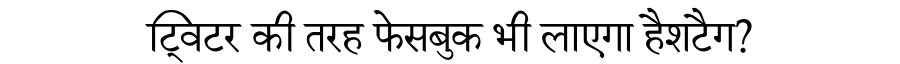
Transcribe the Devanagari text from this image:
ट्विटर की तरह फेसबुक भी लाएगा हैशटैग?